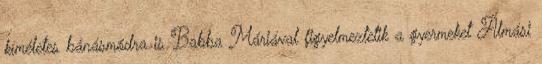
kíméletes bánásmódra is Babba Máriával figyelmeztetik a gyermeket Álmási